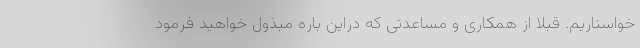
خواستاریم. قبلا از همکاری و مساعدتی که دراین باره مبذول خواهید فرمود